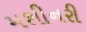
મશીનરી